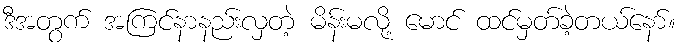
ဒီအတွက် အကြင်နာနည်းလှတဲ့ မိန်းမလို့ မောင် ထင်မှတ်ခဲ့တယ်နော်။